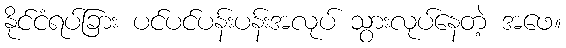
နိုင်ငံရပ်ခြား ပင်ပင်ပန်းပန်းအလုပ် သွားလုပ်နေတဲ့ အဖေ။